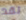
لقد